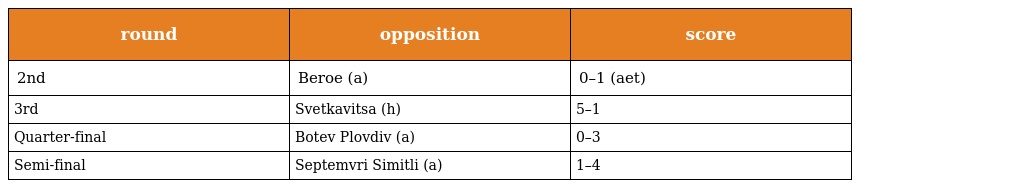
| round | opposition | score |
 | --- | --- | --- |
 | 2nd | Beroe (a) | 0–1 (aet) |
 | 3rd | Svetkavitsa (h) | 5–1 |
 | Quarter-final | Botev Plovdiv (a) | 0–3 |
 | Semi-final | Septemvri Simitli (a) | 1–4 |